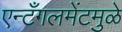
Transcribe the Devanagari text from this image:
एन्टँगलमेंटमुळे